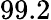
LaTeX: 99.2